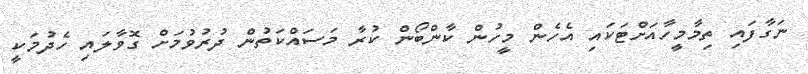
ނަގާފައި ތިމާމީހާއަށްޓަކައި އެހެން މީހުން ކާންބޯން ކުރާ މަސައްކަތުން ދުރުވުމަށް ގޮވާލައި ހެދުމަކީ